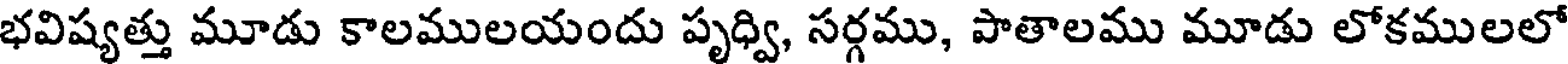
భవిష్యత్తు మూడు కాలములయందు పృధ్వి, సర్గము, పాతాలము మూడు లోకములలో